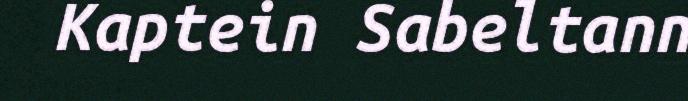
Kaptein Sabeltann